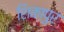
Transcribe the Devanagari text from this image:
शिकापुर